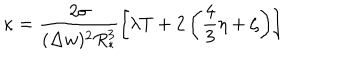
\kappa = \frac { 2 \sigma } { ( \Delta w ) ^ { 2 } R _ { * } ^ { 3 } } \left[ \lambda T + 2 \left( \frac { 4 } { 3 } \eta + \zeta \right) \right]